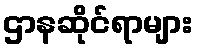
ဌာနဆိုင်ရာများ